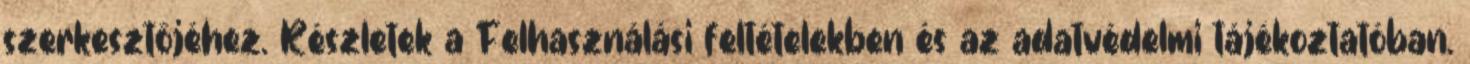
szerkesztőjéhez. Részletek a Felhasználási feltételekben és az adatvédelmi tájékoztatóban.